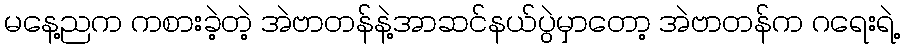
မနေ့ညက ကစားခဲ့တဲ့ အဲဗာတန်နဲ့အာဆင်နယ်ပွဲမှာတော့ အဲဗာတန်က ဂရေးရဲ့